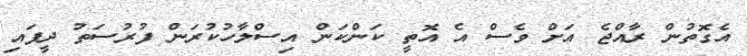
އެގޮތުން ރާއްޖެ އަށް ވެސް އެ އޮތީ ކަންކަން އިސްލާހުކުރަން ފުރުސަތު ދީފައި